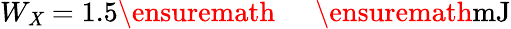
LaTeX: W_{\mathit{X}}=1.5\ensuremath{{\mathrm{{~\textrm{~}{~\, ~}~}}}}\ensuremath{{\mathrm{{mJ}}}}